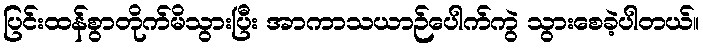
ပြင်းထန်စွာတိုက်မိသွားပြီး အာကာသယာဉ်ပေါက်ကွဲ သွားစေခဲ့ပါတယ်။